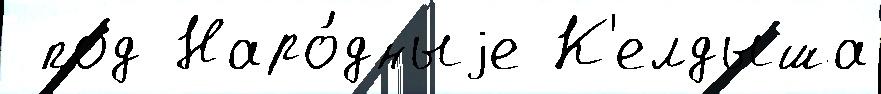
 под Наро́дныjе К'елдыша